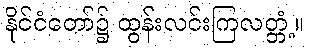
နိုင်ငံတော်၌ ထွန်းလင်းကြလတ္တံ့။